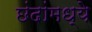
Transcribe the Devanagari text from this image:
छंदांमध्ये